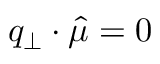
q _ { \perp } \cdot \hat { \mu } = 0